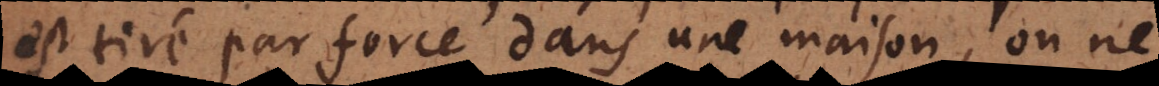
est tiré par force dans une maison, on ne